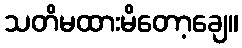
သတိမထားမိတော့ချေ။